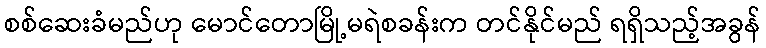
စစ်ဆေးခံမည်ဟု မောင်တောမြို့မရဲစခန်းက တင်နိုင်မည် ရရှိသည့်အခွန်